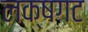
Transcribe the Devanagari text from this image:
लक्षगट